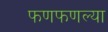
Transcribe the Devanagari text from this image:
फणफणल्या